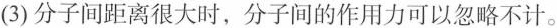
(3)分子间距离很大时，分子间的作用力可以忽略不计。